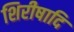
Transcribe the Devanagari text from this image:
शिरीषादि